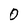
Character: 0